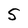
Character: S